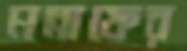
মন্নাফের